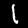
Label: 1